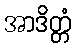
အာဒိတ္တံ